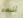
أشهد